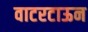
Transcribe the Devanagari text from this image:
वाटरटाऊन